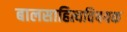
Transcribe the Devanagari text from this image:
बालसाहित्यविषयक